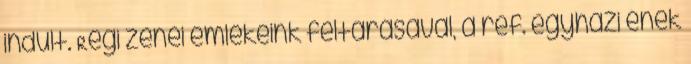
indult. Régi zenei emlékeink feltárásával, a ref. egyházi ének